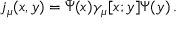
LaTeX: j _ { \mu } ( x , y ) = { \bar { \Psi } } ( x ) \gamma _ { \mu } [ x ; y ] \Psi ( y ) \, .